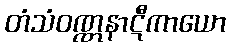
တံသံဝဏ္ဏနာဋီကာယော